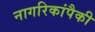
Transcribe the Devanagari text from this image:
नागरिकांपैकी